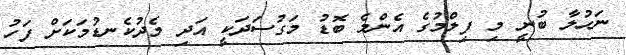
ނަހުލާ ބުނީ މި ފިލްމުގެ އެންމެ ބޮޑު މަގުސަދަކީ އަދި މެދުކެނޑުމަކަށް ފަހު